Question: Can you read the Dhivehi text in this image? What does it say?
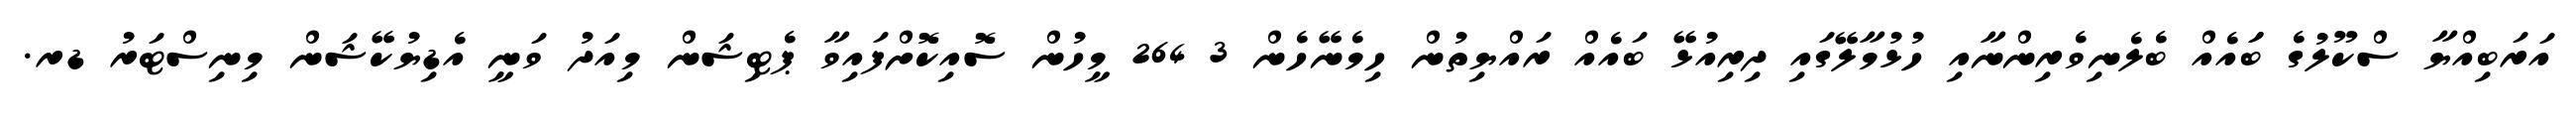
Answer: އަރަބިއްޔާ ސްކޫލުގެ ބަައެއް ބެލެނިވެރިންނާއި ހުޅުމާލޭގައި ދިރިއުޅޭ ބައެއް ރައްޔިތުން ހިމެނޭހެން 3 264 މީހުން ސޮއިކޮށްފައިވާ ޕެޓިޝަން މިއަދު ވަނީ އެޑިޔުކޭޝަން މިނިސްޓަރު ޑރ.